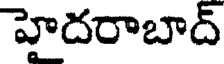
హైదరాబాద్